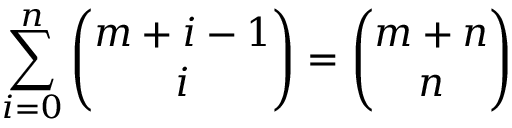
\sum _ { i = 0 } ^ { n } { \binom { m + i - 1 } { i } } = { \binom { m + n } { n } }